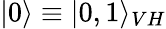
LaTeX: |0\rangle\equiv|0,1\rangle_{VH}